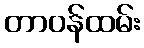
တာဝန်ထမ်း